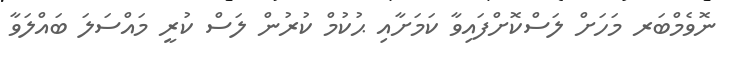
ނޮވެމްބަރ މަހަށް ލަސްކޮށްފައިވާ ކަމަށާއި ޙުކުމް ކުރުން ލަސް ކުރީ މައްސަލަ ބައްލަވާ